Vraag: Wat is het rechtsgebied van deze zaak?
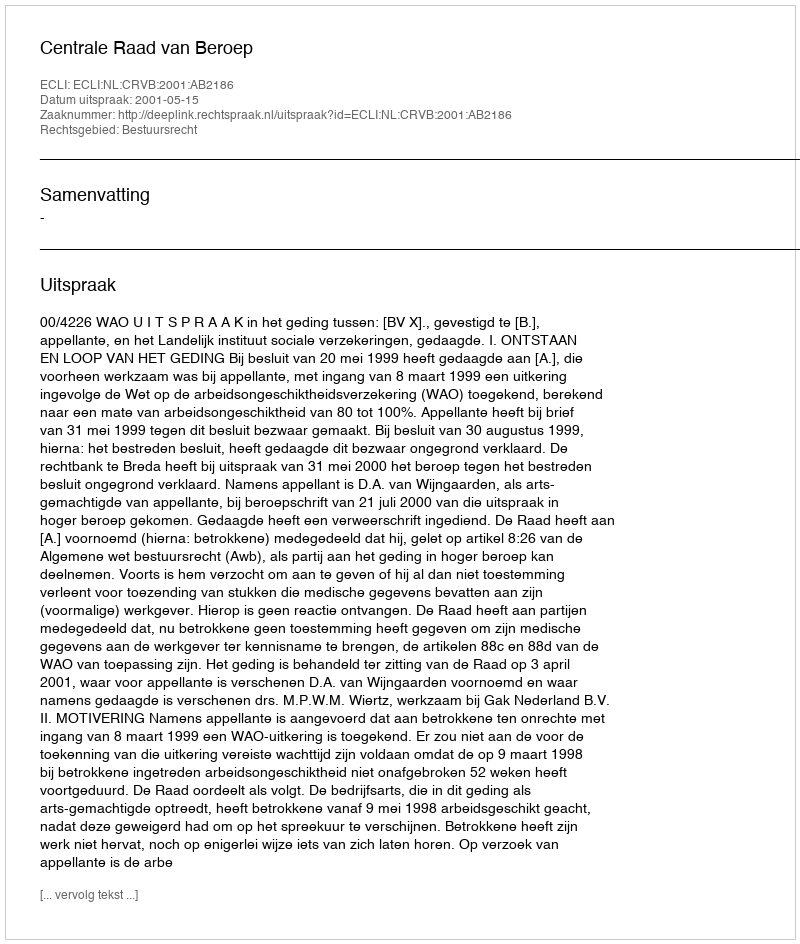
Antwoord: Bestuursrecht